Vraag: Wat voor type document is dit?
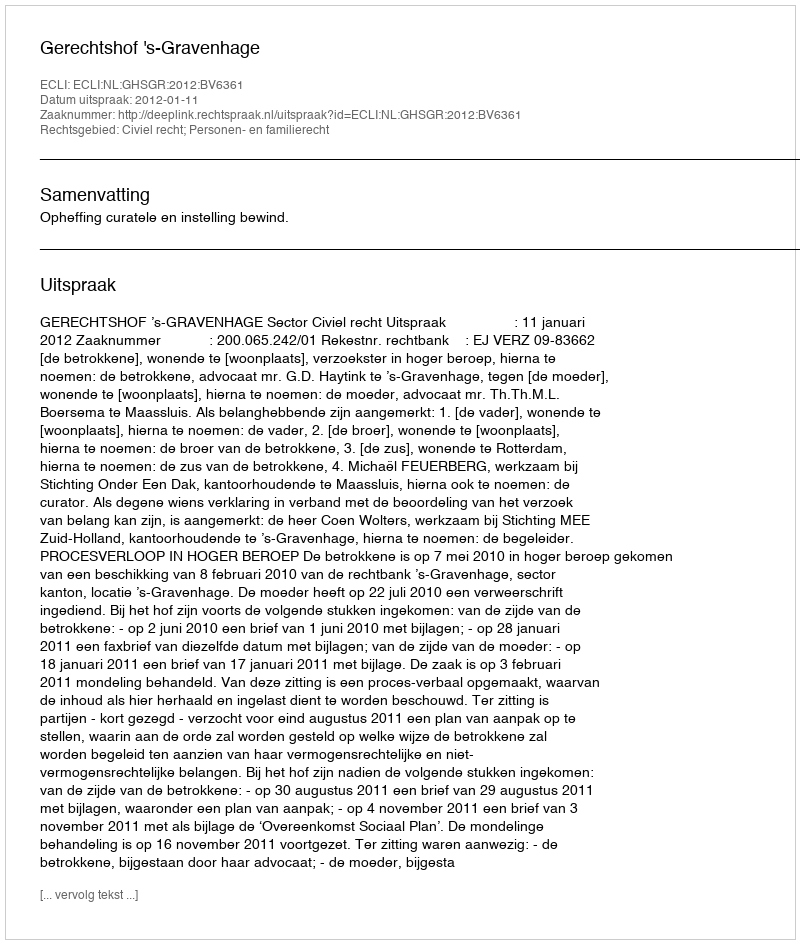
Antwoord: Uitspraak